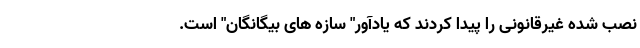
نصب شده غیرقانونی را پیدا کردند که یادآور" سازه های بیگانگان" است.